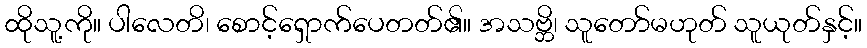
ထိုသူ့ကို။ ပါလေတိ၊ စောင့်ရှောက်ပေတတ်၏။ အသဗ္ဘိ၊ သူတော်မဟုတ် သူယုတ်နှင့်။